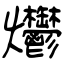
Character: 爩